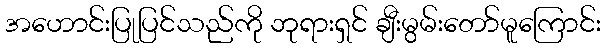
အဟောင်းပြုပြင်သည်ကို ဘုရားရှင် ချီးမွမ်းတော်မူကြောင်း